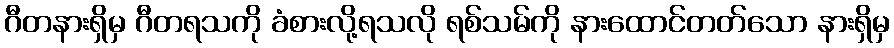
ဂီတနားရှိမှ ဂီတရသကို ခံစားလို့ရသလို ရစ်သမ်ကို နားထောင်တတ်သော နားရှိမှ